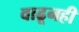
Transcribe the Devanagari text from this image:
वाढूनही